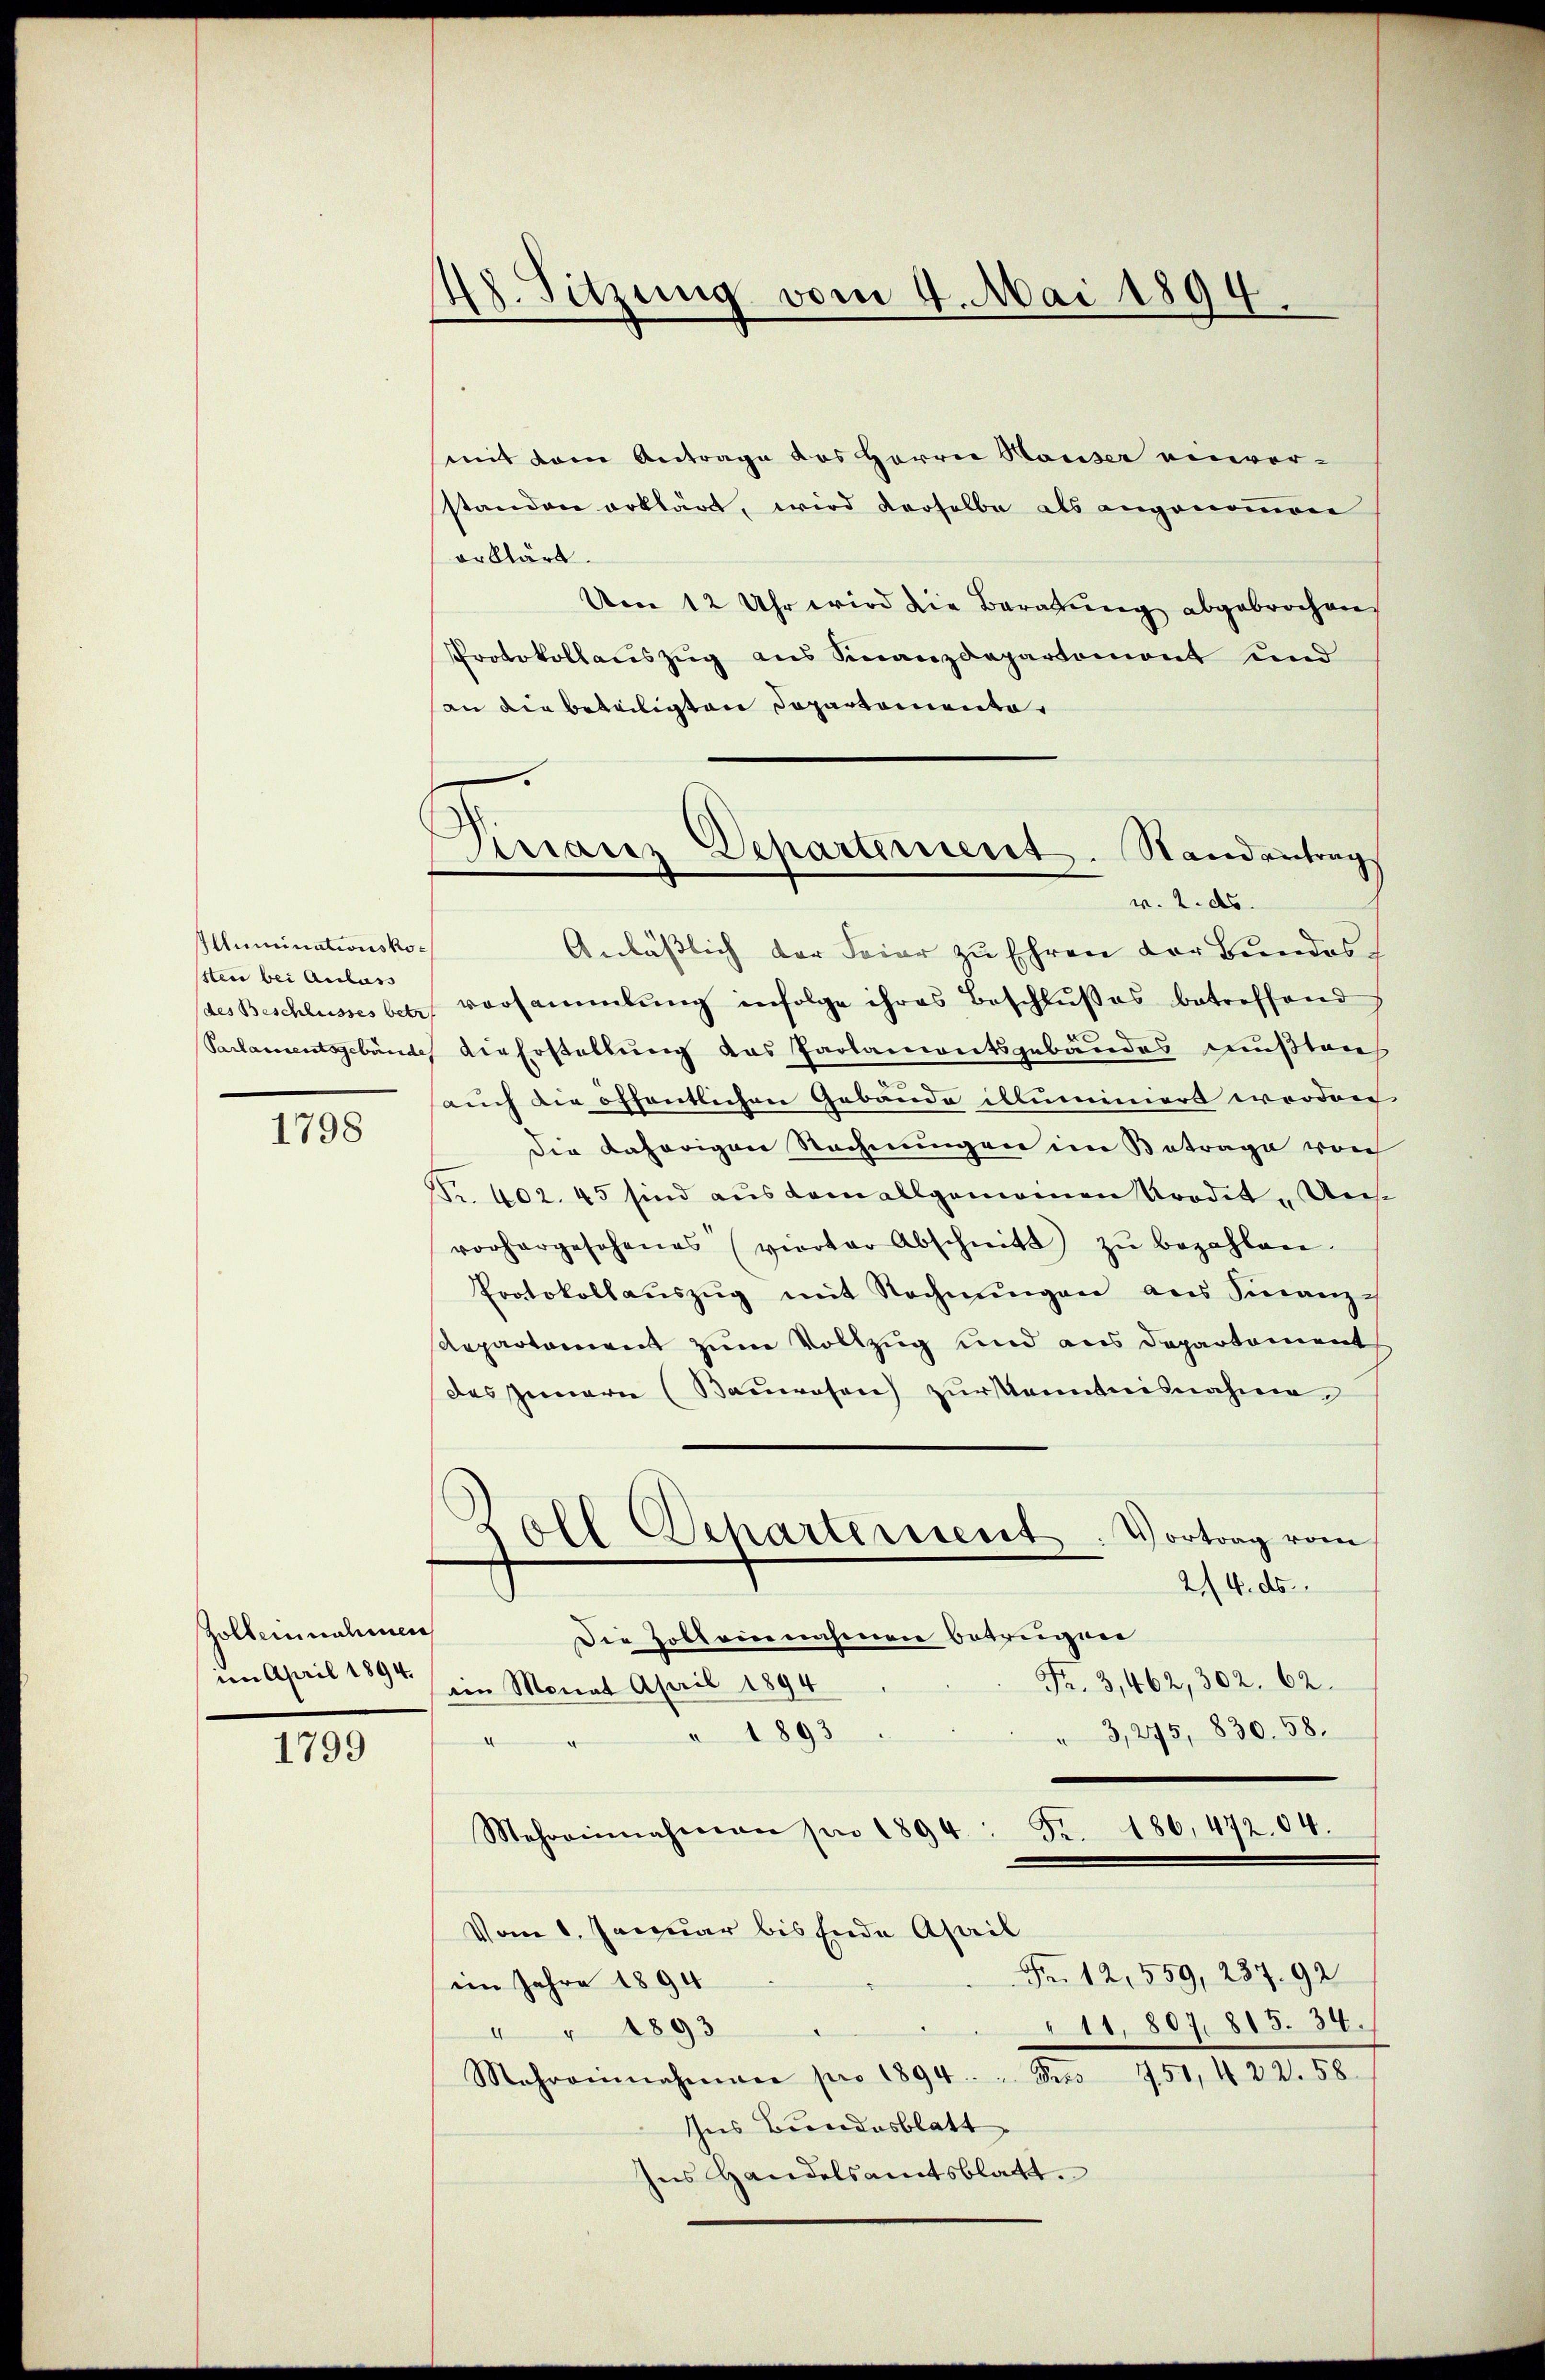
Alluminationsko¬
1sten bei Anlass

1798

Zolbeinnahmen
im April 1894.

1799

s
Sitzung vom 4. Mai 1894.

Arranz Departement. Standentrag
v. 2. ds.

mit dem Antrage des Herrn Hauser einver-
standen erklärt, wird derselbe als angenoṁen
erklärt.
Um 12 Uhr wird die Beratung abgebrochen
Protokollauszug aus Finanzdepartemont und
an die beteiligten Departemente
“
Anläßlich der Feier zu Ehren der Bundesdes Beschlusses betr. Vorsammlung infolge ihres Beschlußes betreffend
Parlamentsgebäude die Erstellung das Parlamontsgebäudes mußten
auch die öffentlichen Gebäude illuminiert worden
die daherigen Rechnungen im Betrage von
Nr. 402. 45 sind aus dem allgemeinen Prodet-Unsvorhergesehenes vierter Abschnitt zŭ bezahlen.
Protokollaŭszŭg mit Rechnŭngen aus Finanz-
Repartement zum Vollzug und aus Departement
des Innern (Baŭwesen zŭr Kenntnisnahme,
oll
¬
Departement. Vortrag vom
2/4. ds.
Die Hobleiernahmen betrugen
Fr. 3,462, 302. 62.
im Monat April 1894
3,275, 830. 58.
 1893
.
Mehreinnahmen pro 1894: Fr. 186, 472. 04.
Vom 1. Januar bis Ende Asail
Fr. 12,559, 287. 92
im Jahre 1894
11, 807. 815. 34.
" 1893
Mehreinnahmen pro 1894. " Sees 751, 422. 58
Ins Bundesblatt
Ins Handelsamtsblatt.